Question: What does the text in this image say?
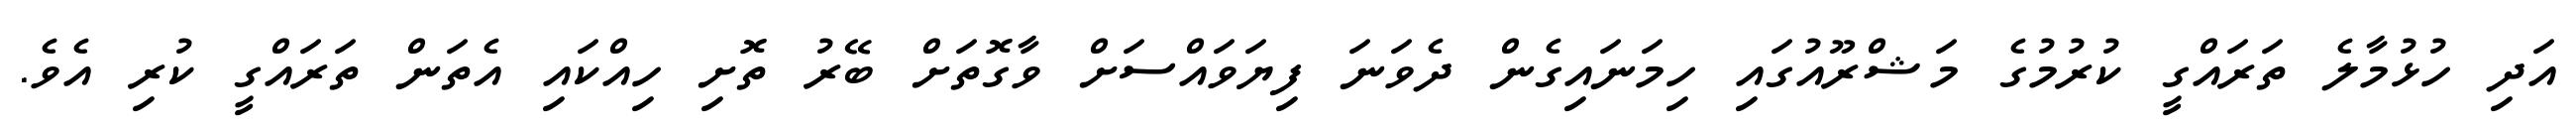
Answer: އަދި ހުޅުމާލެ ތަރައްގީ ކުރުމުގެ މަޝްރޫއުގައި ހިމަނައިގެން ދެވަނަ ފިޔަވައްސަށް ވާގޮތަށް ބޭރު ތޮށި ހިއްކައި އެތަން ތަރައްގީ ކުރި އެވެ.